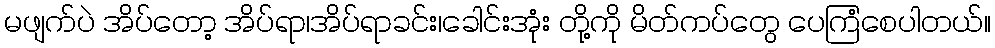
မဖျက်ပဲ အိပ်တော့ အိပ်ရာ၊အိပ်ရာခင်း၊ခေါင်းအုံး တို့ကို မိတ်ကပ်တွေ ပေကြံစေပါတယ်။